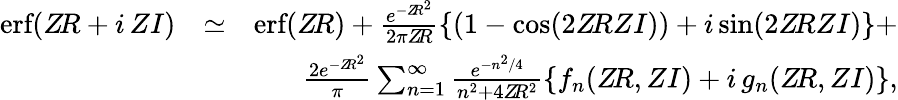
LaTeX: \begin{array}{rlr}{\textnormal{erf}(Z\! R+i\, ZI)}&{\simeq}&{\textnormal{erf}(Z\! R)+\frac{e^{-Z\! R^{2}}}{2\pi Z\! R}\{ (1-\textnormal{cos}(2Z\! RZI))+i\, \textnormal{sin}(2Z\! RZI)\} +}\\ &{~}&{\frac{2e^{-Z\! R^{2}}}{\pi}\sum_{n=1}^{\infty}\frac{e^{-n^{2}/4}}{n^{2}+4Z\! R^{2}}\{ f_{n}(Z\! R,ZI)+i\, g_{n}(Z\! R,ZI)\} ,}\end{array}